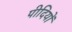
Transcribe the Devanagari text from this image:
पीदियों